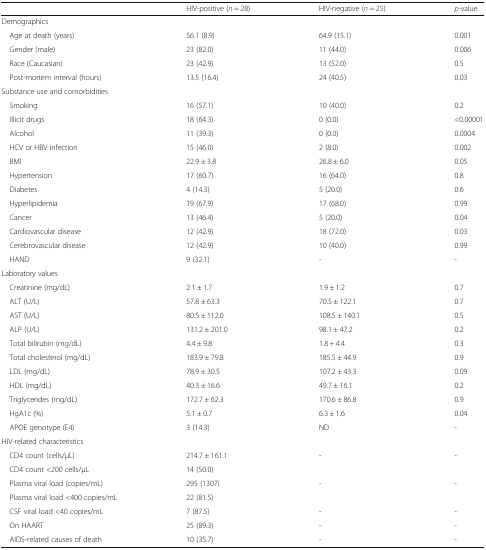
<table><thead><tr><td></td><td><b>HIV-positive (<i>n</i> = 28)</b></td><td><b>HIV-negative (<i>n</i> = 25)</b></td><td><b><i>p-</i>value</b></td></tr></thead><tbody><tr><td>Demographics</td><td></td><td></td><td></td></tr><tr><td> Age at death (years)</td><td>56.1 (8.9)</td><td>64.9 (15.1)</td><td>0.001</td></tr><tr><td> Gender (male)</td><td>23 (82.0)</td><td>11 (44.0)</td><td>0.006</td></tr><tr><td> Race (Caucasian)</td><td>23 (42.9)</td><td>13 (52.0)</td><td>0.5</td></tr><tr><td> Post-mortem interval (hours)</td><td>13.5 (16.4)</td><td>24 (40.5)</td><td>0.03</td></tr><tr><td colspan="4">Substance use and comorbidities</td></tr><tr><td> Smoking</td><td>16 (57.1)</td><td>10 (40.0)</td><td>0.2</td></tr><tr><td> Illicit drugs</td><td>18 (64.3)</td><td>0 (0.0)</td><td>&lt;0.00001</td></tr><tr><td> Alcohol</td><td>11 (39.3)</td><td>0 (0.0)</td><td>0.0004</td></tr><tr><td> HCV or HBV infection</td><td>15 (46.0)</td><td>2 (8.0)</td><td>0.002</td></tr><tr><td> BMI</td><td>22.9 ± 3.8</td><td>26.8 ± 6.0</td><td>0.05</td></tr><tr><td> Hypertension</td><td>17 (60.7)</td><td>16 (64.0)</td><td>0.8</td></tr><tr><td> Diabetes</td><td>4 (14.3)</td><td>5 (20.0)</td><td>0.6</td></tr><tr><td> Hyperlipidemia</td><td>19 (67.9)</td><td>17 (68.0)</td><td>0.99</td></tr><tr><td> Cancer</td><td>13 (46.4)</td><td>5 (20.0)</td><td>0.04</td></tr><tr><td> Cardiovascular disease</td><td>12 (42.9)</td><td>18 (72.0)</td><td>0.03</td></tr><tr><td> Cerebrovascular disease</td><td>12 (42.9)</td><td>10 (40.0)</td><td>0.99</td></tr><tr><td> HAND</td><td>9 (32.1)</td><td>-</td><td>-</td></tr><tr><td colspan="4">Laboratory values</td></tr><tr><td> Creatinine (mg/dL)</td><td>2.1 ± 1.7</td><td>1.9 ± 1.2</td><td>0.7</td></tr><tr><td> ALT (U/L)</td><td>57.8 ± 63.3</td><td>70.5 ± 122.1</td><td>0.7</td></tr><tr><td> AST (U/L)</td><td>80.5 ± 112.0</td><td>108.5 ± 140.1</td><td>0.5</td></tr><tr><td> ALP (U/L)</td><td>131.2 ± 201.0</td><td>98.1 ± 47.2</td><td>0.2</td></tr><tr><td> Total bilirubin (mg/dL)</td><td>4.4 ± 9.8</td><td>1.8 + 4.4</td><td>0.3</td></tr><tr><td> Total cholesterol (mg/dL)</td><td>183.9 ± 79.8</td><td>185.5 ± 44.9</td><td>0.9</td></tr><tr><td> LDL (mg/dL)</td><td>78.9 ± 30.5</td><td>107.2 ± 43.3</td><td>0.09</td></tr><tr><td> HDL (mg/dL)</td><td>40.3 ± 16.6</td><td>49.7 ± 16.1</td><td>0.2</td></tr><tr><td> Triglycerides (mg/dL)</td><td>172.7 ± 62.3</td><td>170.6 ± 86.8</td><td>0.9</td></tr><tr><td> HgA1c (%)</td><td>5.1 ± 0.7</td><td>6.3 ± 1.6</td><td>0.04</td></tr><tr><td> APOE genotype (E4)</td><td>3 (14.3)</td><td>ND</td><td>-</td></tr><tr><td colspan="4">HIV-related characteristics</td></tr><tr><td> CD4 count (cells/μL)</td><td>214.7 ± 161.1</td><td>-</td><td>-</td></tr><tr><td> CD4 count &lt;200 cells/μL</td><td>14 (50.0)</td><td></td><td></td></tr><tr><td> Plasma viral load (copies/mL)</td><td>295 (1307)</td><td>-</td><td>-</td></tr><tr><td> Plasma viral load &lt;400 copies/mL</td><td>22 (81.5)</td><td></td><td></td></tr><tr><td> CSF viral load &lt;40 copies/mL</td><td>7 (87.5)</td><td>-</td><td>-</td></tr><tr><td> On HAART</td><td>25 (89.3)</td><td>-</td><td>-</td></tr><tr><td> AIDS-related causes of death</td><td>10 (35.7)</td><td>-</td><td>-</td></tr></tbody></table>